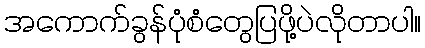
အကောက်ခွန်ပုံစံတွေပြဖို့ပဲလိုတာပါ။